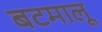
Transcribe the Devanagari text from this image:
बटमालू